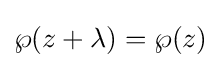
\wp (z+\lambda )=\wp (z)